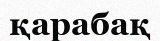
қарабақ